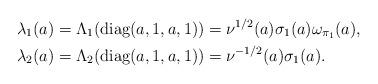
LaTeX: \begin{align*} \lambda_1(a)&=\Lambda_1({\rm diag}(a,1,a,1))=\nu^{1/2}(a)\sigma_1(a)\omega_{\pi_1}(a),\\ \lambda_2(a)&=\Lambda_2({\rm diag}(a,1,a,1))=\nu^{-1/2}(a)\sigma_1(a).\end{align*}